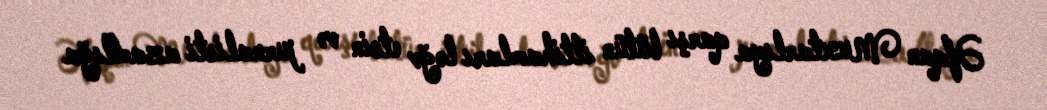
Əfqan Muxtarlıya qarşı bütün ittihamları ləğv etsin və jurnalisti azadlığa